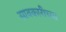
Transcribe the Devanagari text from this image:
सावकारीच्या